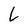
Character: L